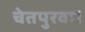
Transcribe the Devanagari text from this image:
चेतपुरवा।